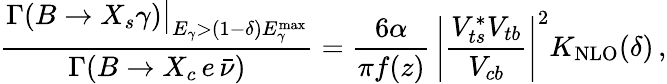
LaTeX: \frac{\Gamma(B\to X_{s}\gamma)\big|_{E_{\gamma}>(1-\delta)E_{\gamma}^{\mathrm{max}}}}{\Gamma(B\to X_{c}\, e\, \bar{\nu})}=\frac{6\alpha}{\pi f(z)}\, \left|\frac{V_{ts}^{*}V_{tb}}{V_{cb}}\right|^{2}K_{\mathrm{NLO}}(\delta)\, ,